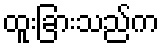
ထူးခြားသည်က